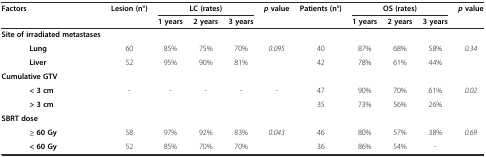
<table><thead><tr><td rowspan="2"><b>Factors</b></td><td rowspan="2"><b>Lesion (n°)</b></td><td colspan="3"><b>LC (rates)</b></td><td rowspan="2"><b><i>p</i>value</b></td><td rowspan="2"><b>Patients (n°)</b></td><td colspan="3"><b>OS (rates)</b></td><td rowspan="2"><b><i>p</i>value</b></td></tr><tr><td><b>1 years</b></td><td><b>2 years</b></td><td><b>3 years</b></td><td><b>1 years</b></td><td><b>2 years</b></td><td><b>3 years</b></td></tr></thead><tbody><tr><td><b>Site of irradiated metastases</b></td><td colspan="10"></td></tr><tr><td><b>Lung</b></td><td>60</td><td>85%</td><td>75%</td><td>70%</td><td rowspan="2"><i>0.095</i></td><td>40</td><td>87%</td><td>68%</td><td>58%</td><td rowspan="2"><i>0.34</i></td></tr><tr><td><b>Liver</b></td><td>52</td><td>95%</td><td>90%</td><td>81%</td><td>42</td><td>78%</td><td>61%</td><td>44%</td></tr><tr><td><b>Cumulative GTV</b></td><td colspan="10"></td></tr><tr><td><b>&lt; 3 cm</b></td><td>-</td><td>-</td><td>-</td><td>-</td><td>-</td><td>47</td><td>90%</td><td>70%</td><td>61%</td><td rowspan="2"><i>0.02</i></td></tr><tr><td><b>&gt; 3 cm</b></td><td></td><td></td><td></td><td></td><td></td><td>35</td><td>73%</td><td>56%</td><td>26%</td></tr><tr><td><b>SBRT dose</b></td><td colspan="10"></td></tr><tr><td><b>≥ 60 Gy</b></td><td>58</td><td>97%</td><td>92%</td><td>83%</td><td rowspan="2"><i>0.043</i></td><td>46</td><td>80%</td><td>57%</td><td>38%</td><td rowspan="2"><i>0.69</i></td></tr><tr><td><b>&lt; 60 Gy</b></td><td>52</td><td>85%</td><td>70%</td><td>70%</td><td>36</td><td>86%</td><td>54%</td><td>-</td></tr></tbody></table>